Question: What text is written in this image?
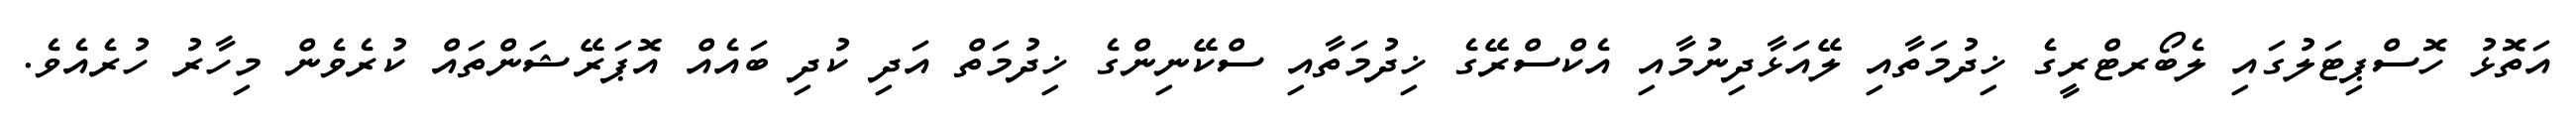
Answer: އަތޮޅު ހޮސްޕިޓަލުގައި ލެބޯރޓްރީގެ ޚިދުމަތާއި ލޭއަޅާދިނުމާއި އެކްސްރޭގެ ޚިދުމަތާއި ސްކޭނިންގެ ޚިދުމަތް އަދި ކުދި ބައެއް އޮޕަރޭޝަންތައް ކުރެވެން މިހާރު ހުރެއެވެ.